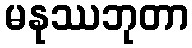
မနုဿဘုတာ